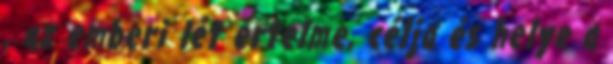
, az emberi lét értelme, célja és helye a